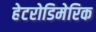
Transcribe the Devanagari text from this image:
हेटरोडिमेरिक